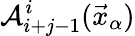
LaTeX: \mathcal A_{i+j-1}^{i}(\vec{x}_{\alpha})